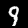
Digit: 9